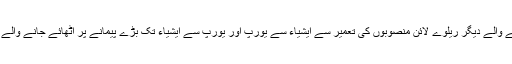
BTK ، مارمرائے اور ان منصوبوں کے ساتھ معاونت کرنے والے دیگر ریلوے لائن منصوبوں کی تعمیر سے ایشیاء سے یورپ اور یورپ سے ایشیاء تک بڑے پیمانے پر اٹھائے جانے والے بوجھ کا ایک بڑا حصہ ترکی میں رہے گا۔